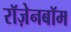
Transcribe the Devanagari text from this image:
रॉज़ेनबॉम